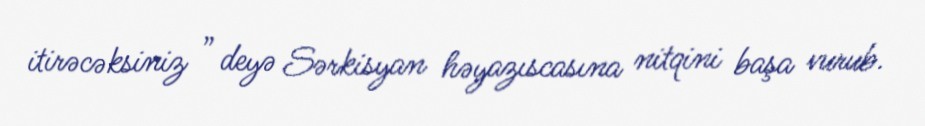
itirəcəksiniz ” deyə Sərkisyan həyazıscasına nitqini başa vurub.